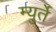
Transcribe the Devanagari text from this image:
म्युर्ते